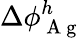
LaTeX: \Delta\phi_{\mathrm{~A~g~}}^{h}